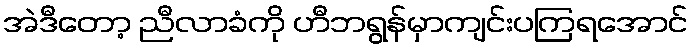
အဲဒီတော့ ညီလာခံကို ဟီဘရွန်မှာကျင်းပကြရအောင်